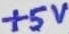
Text: +5V